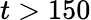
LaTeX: t>150